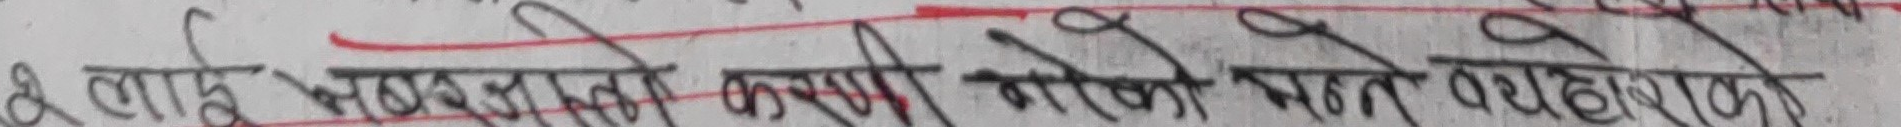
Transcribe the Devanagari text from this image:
२ लाई विभाजन कसरी गर्ने बारेमा उदाहरण दिनुहोस्।